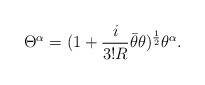
LaTeX: \begin{align*}\Theta^\alpha=(1+{i\over{3!R}}\bar\theta\theta)^{1\over 2}\theta^\alpha.\end{align*}